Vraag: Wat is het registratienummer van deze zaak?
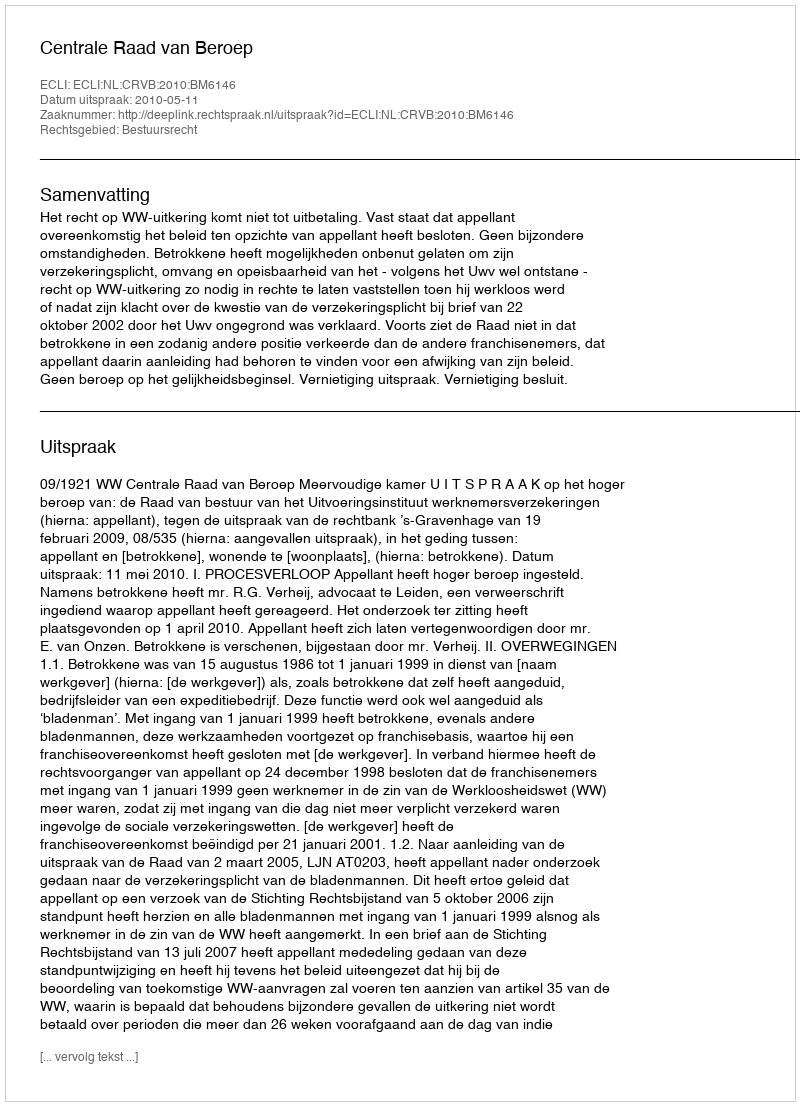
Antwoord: http://deeplink.rechtspraak.nl/uitspraak?id=ECLI:NL:CRVB:2010:BM6146